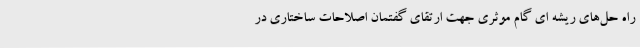
راه حل‌های ریشه ای گام موثری جهت ارتقای گفتمان اصلاحات ساختاری در